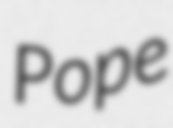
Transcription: Pope